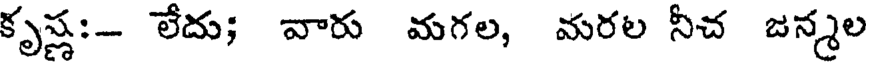
కృష్ణ:- లేదు; వారు మగల, మరల నీచ జన్మల